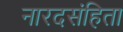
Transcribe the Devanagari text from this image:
नारदसंहिता